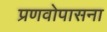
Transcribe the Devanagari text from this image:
प्रणवोपासना